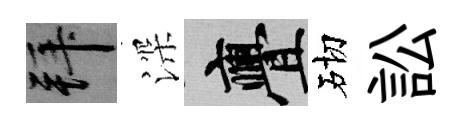
拜深亹砌訟